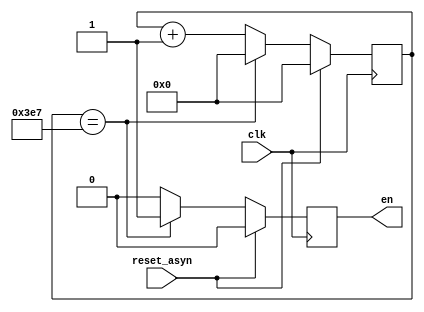
// `include "clk_counter.v"
// clk_counter  //num_clk_in_1_intervalen1clk 
// #(
//     .num_clk_in_1_interval(1000)
// )clk_counter_u   
// (
//     .clk(clk),
//     .reset_asyn(yours) ,
//     .en(yours)
// );
module clk_counter 
#(parameter num_clk_in_1_interval = 1000,
WIDTH_num_clk_in_1_interval = $clog2(num_clk_in_1_interval)
)
(input clk,
input reset_asyn,
output reg en);
    reg [WIDTH_num_clk_in_1_interval-1:0] ct_clk;
    
    always @(posedge clk ) begin
        if (reset_asyn) begin
            ct_clk <= {WIDTH_num_clk_in_1_interval{1'b0}};//or just 1'b0 (padding rule)
        end
        else
        begin
            if (ct_clk == num_clk_in_1_interval-1) begin
                ct_clk <= 1'd0;//padding rule
                
            end
            else
            begin
                ct_clk <= ct_clk+1;
            end
        end
    end
    
    
    always @(posedge clk ) begin
        if (reset_asyn) begin
            en <= 1'b0;
        end
        else
        begin
            if (ct_clk == num_clk_in_1_interval-1) begin
                en <= 1'b1;
                
            end
            else
            begin
                en <= 1'b0;
                
            end
        end
    end
endmodule